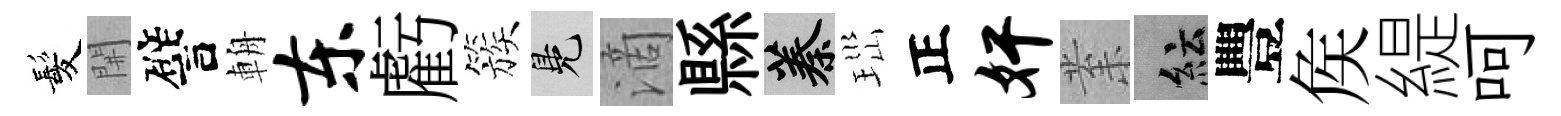
髪𨳩譬輈东虧簇鳬滴縣蓁𤤼正奸𭪙紜豐矦緹呵